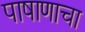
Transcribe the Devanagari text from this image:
पाषाणाचा